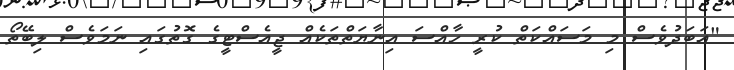
"އަބަދުވެސް މި މަސައްކަތް ކުރީ ހާއްސަ އިނާޔަތްތަކެއް ޖީއެސްޓީގެ ގޮތުގައި ނަމަވެސް ލިބޭތޯ